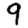
Digit: 9